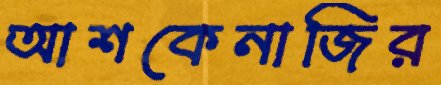
আশকেনাজির